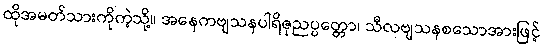
ထိုအမတ်သားကိုကဲ့သို့။ အနေကဗျသနပါရိဇုညပ္ပတ္တော၊ သီလဗျသနစသောအားဖြင့်